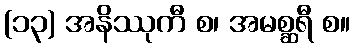
(၁၃) အနိဿုကီ စ၊ အမစ္ဆရီ စ။